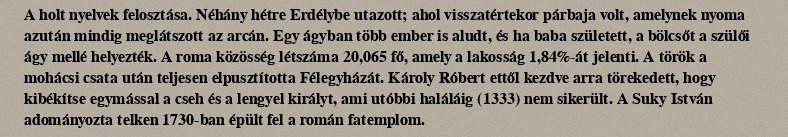
A holt nyelvek felosztása. Néhány hétre Erdélybe utazott; ahol visszatértekor párbaja volt, amelynek nyoma azután mindig meglátszott az arcán. Egy ágyban több ember is aludt, és ha baba született, a bölcsőt a szülői ágy mellé helyezték. A roma közösség létszáma 20,065 fő, amely a lakosság 1,84%-át jelenti. A török a mohácsi csata után teljesen elpusztította Félegyházát. Károly Róbert ettől kezdve arra törekedett, hogy kibékítse egymással a cseh és a lengyel királyt, ami utóbbi haláláig (1333) nem sikerült. A Suky István adományozta telken 1730-ban épült fel a román fatemplom.